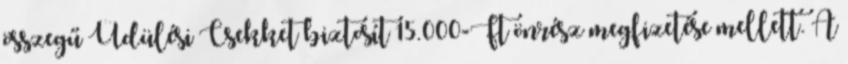
összegű Üdülési Csekket biztosít 15.000-Ft önrész megfizetése mellett. A